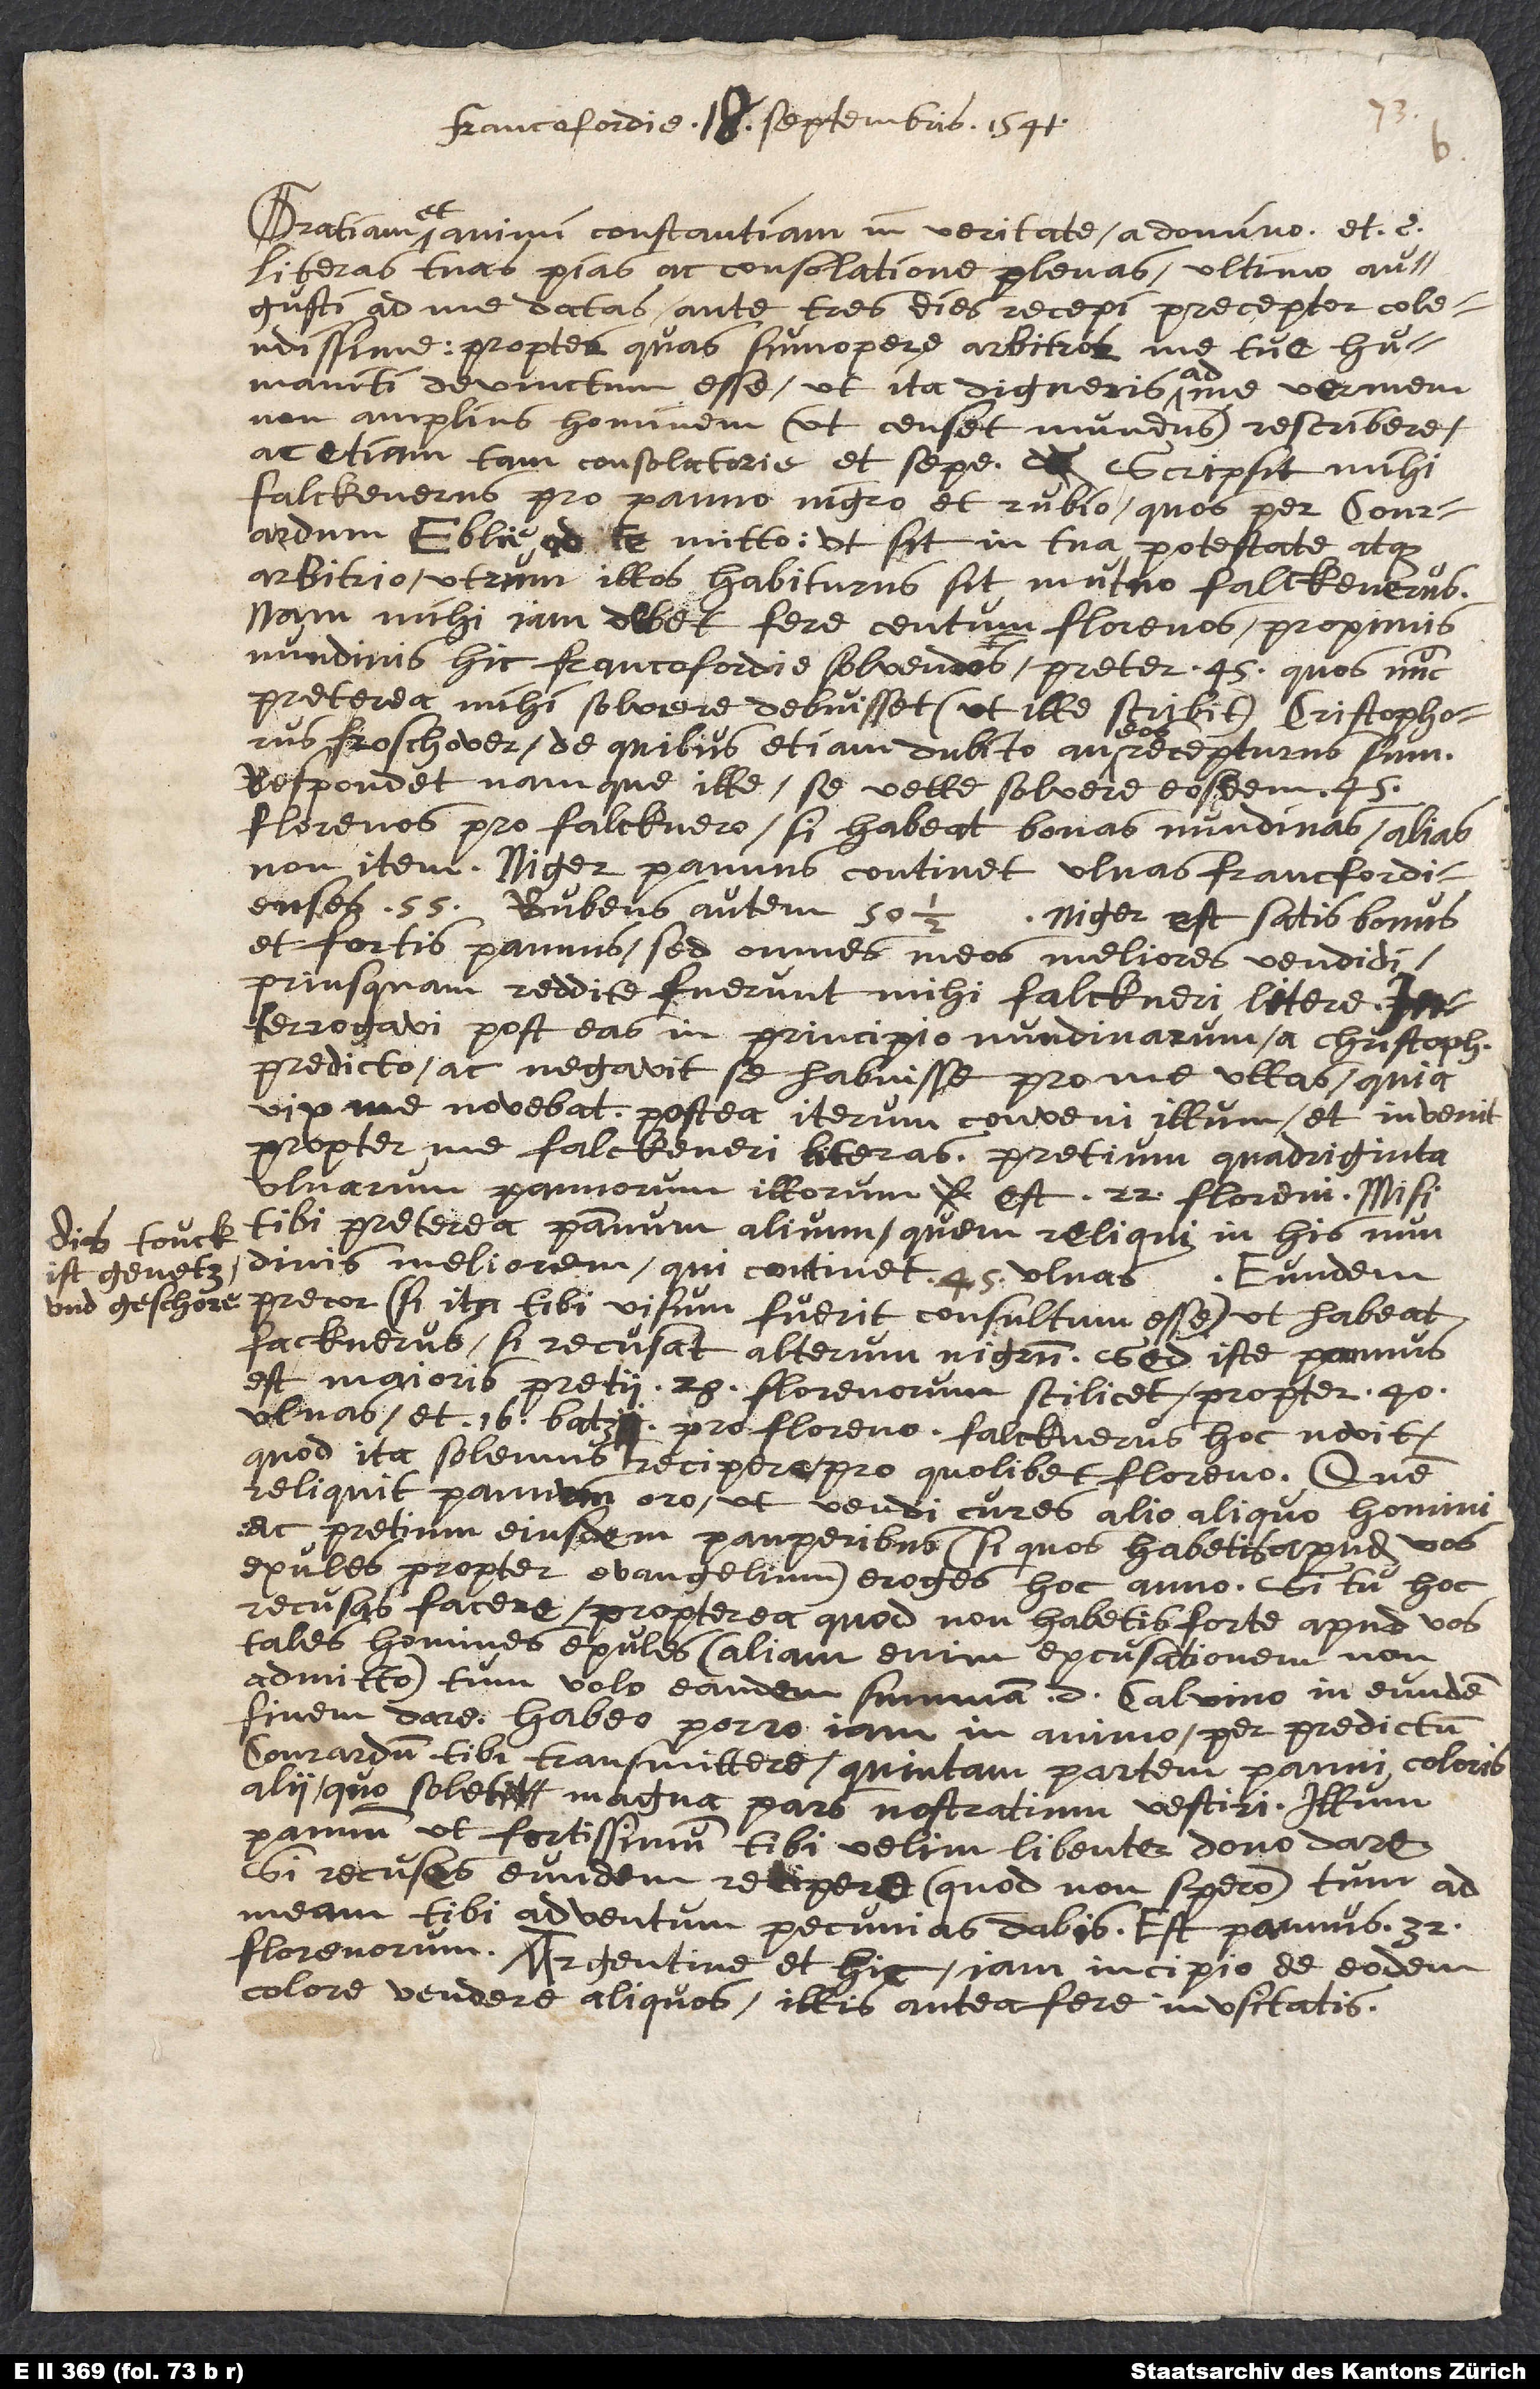
.
eundem